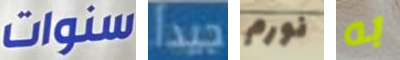
سنوات جيدا نورم به